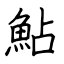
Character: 鮎